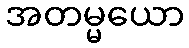
အတမ္မယော